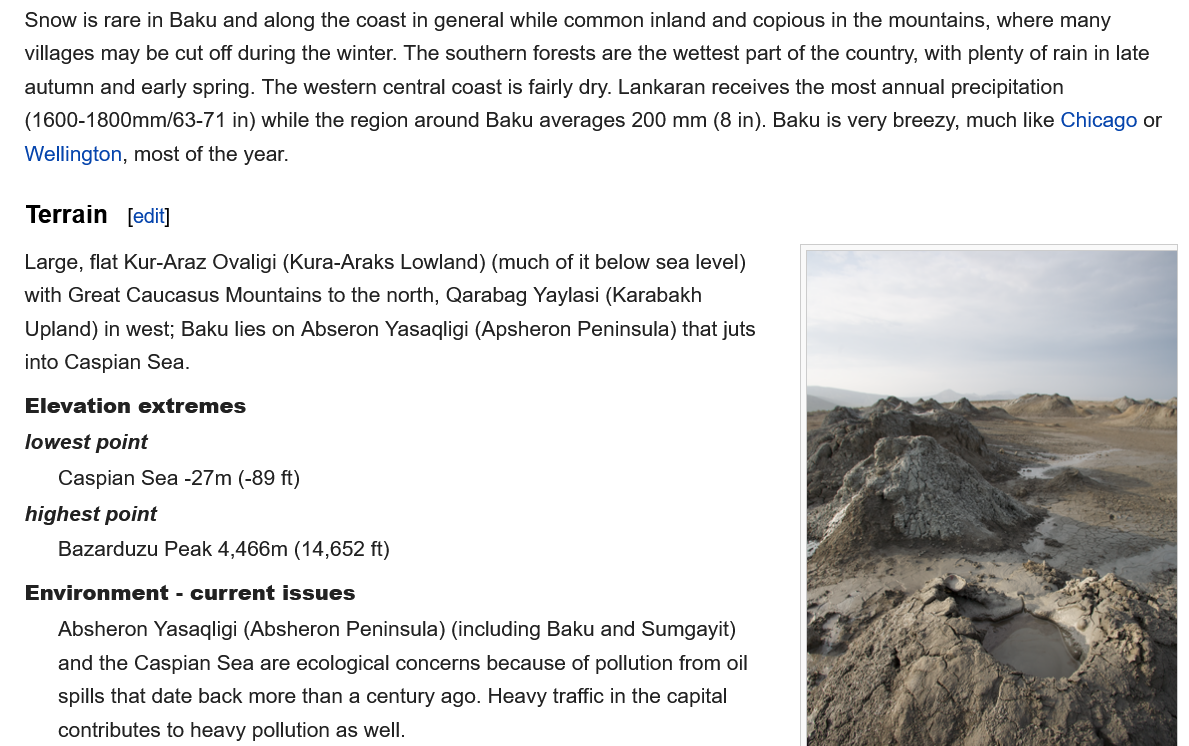
Snow is rare in Baku and along the coast in general while common inland and copious in the mountains, where many
   villages may be cut off during the winter. The southern forests are the wettest part of the country, with plenty of rain in late
   autumn and early spring. The western central coast is fairly dry. Lankaran receives the most annual precipitation
   (1600-1800mm/63-71 in) while the region around Baku averages 200 mm (8 in). Baku is very breezy, much like Chicago or
   Wellington, most of the year.
   Terrain
   Elevation extremes
   Environment -  current  issues
   Large, flat Kur-Araz Ovaligi (Kura-Araks Lowland) (much of it below sea level)
   with Great Caucasus Mountains to the north, Qarabag Yaylasi (Karabakh
   Upland) in west; Baku lies on Abseron Yasaqligi (Apsheron Peninsula) that juts
   into Caspian Sea.
   lowest point
     Caspian Sea -27m (-89 ft)
   highest point
     Bazarduzu Peak 4,466m (14,652 ft)
     Absheron Yasaqligi (Absheron Peninsula) (including Baku and Sumgayit)
     and the Caspian Sea are ecological concerns because of pollution from oil
     spills that date back more than a century ago. Heavy traffic in the capital
     contributes to heavy pollution as well.